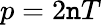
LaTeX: p=2\mathtt{n}T